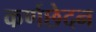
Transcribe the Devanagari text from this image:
कर्णछेदन